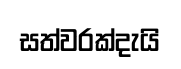
සත්වරක්දැයි